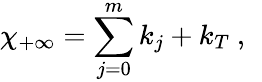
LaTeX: \chi_{+\infty}=\sum_{j=0}^{m}k_{j}+k_{T}~,~\,